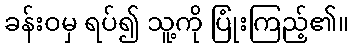
ခန်းဝမှ ရပ်၍ သူ့ကို ပြုံးကြည့်၏။